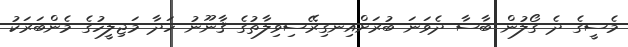
މެސީގެ ދެ ގޯލުން ބާސާ ދެވަނަ ބުރަށްއިނގިރޭސިވިލާތުގެ ޤާނޫނު ހަދާ މަޖިލީހުގެ މެންބަރަކު